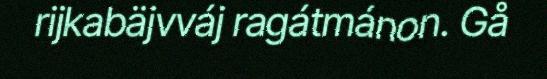
rijkabäjvváj ragátmánon. Gå